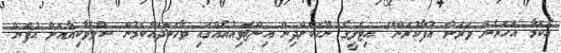
އެކަމާ އަހަރެން ވަރަށް އުފާކުރަން" އިޓަލީގެ ނޫހަކަށްދިން އިންޓަވިއުއެއްގައި ވާހަކަދައްކަމުން ސްލޮވާކިޔާއަށް އުފަން